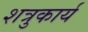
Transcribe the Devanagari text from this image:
शत्रुकार्य